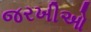
જરખીઓ